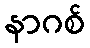
နာဂစ်